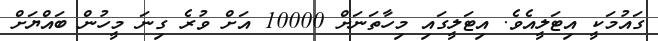
ގައުމަކީ އިޓަލީއެވެ. އިޓަލީގައި މިހާތަނަށް 10000 އަށް ވުރެ ގިނަ މީހުން ބައްޔަށް